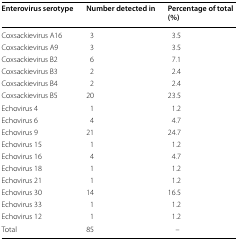
<table><thead><tr><td><b>Enterovirus serotype</b></td><td><b>Number detected in</b></td><td><b>Percentage of total (%)</b></td></tr></thead><tbody><tr><td>Coxsackievirus A16</td><td>3</td><td>3.5</td></tr><tr><td>Coxsackievirus A9</td><td>3</td><td>3.5</td></tr><tr><td>Coxsackievirus B2</td><td>6</td><td>7.1</td></tr><tr><td>Coxsackievirus B3</td><td>2</td><td>2.4</td></tr><tr><td>Coxsackievirus B4</td><td>2</td><td>2.4</td></tr><tr><td>Coxsackievirus B5</td><td>20</td><td>23.5</td></tr><tr><td>Echovirus 4</td><td>1</td><td>1.2</td></tr><tr><td>Echovirus 6</td><td>4</td><td>4.7</td></tr><tr><td>Echovirus 9</td><td>21</td><td>24.7</td></tr><tr><td>Echovirus 15</td><td>1</td><td>1.2</td></tr><tr><td>Echovirus 16</td><td>4</td><td>4.7</td></tr><tr><td>Echovirus 18</td><td>1</td><td>1.2</td></tr><tr><td>Echovirus 21</td><td>1</td><td>1.2</td></tr><tr><td>Echovirus 30</td><td>14</td><td>16.5</td></tr><tr><td>Echovirus 33</td><td>1</td><td>1.2</td></tr><tr><td>Echovirus 12</td><td>1</td><td>1.2</td></tr><tr><td>Total</td><td>85</td><td>–</td></tr></tbody></table>